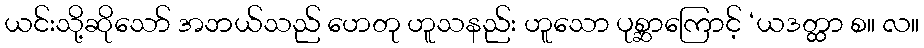
ယင်းသို့ဆိုသော် အဘယ်သည် ဟေတု ဟူသနည်း ဟူသော ပုစ္ဆာကြောင့် ‘ယဒတ္ထာ စ။ လ။